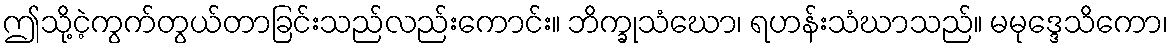
ဤသို့ငဲ့ကွက်တွယ်တာခြင်းသည်လည်းကောင်း။ ဘိက္ခုသံဃော၊ ရဟန်းသံဃာသည်။ မမုဒ္ဒေသိကော၊